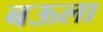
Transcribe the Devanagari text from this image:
बऊला